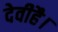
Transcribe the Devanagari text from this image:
देवीहै।